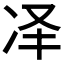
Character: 𪞝